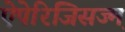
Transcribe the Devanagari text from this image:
ऐपेरिजिसज्म़